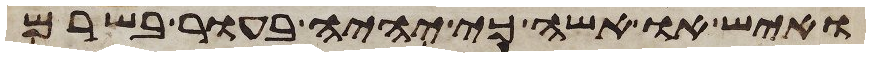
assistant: ואיש או אשה כי יהיה בעור בשרם